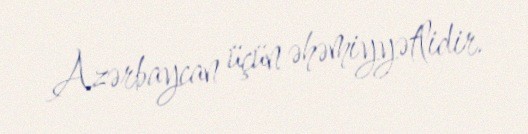
Azərbaycan üçün əhəmiyyətlidir.